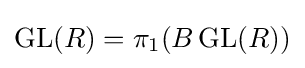
\operatorname {GL} (R)=\pi _{1}(B\operatorname {GL} (R))